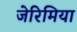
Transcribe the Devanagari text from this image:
जेरिमिया